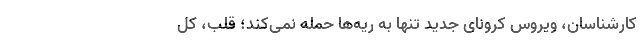
کارشناسان، ویروس کرونای جدید تنها به ریه‌ها حمله نمی‌کند؛ قلب، کل